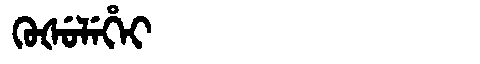
Manchu: ᡴᡠᡧᡠᠯᡝᡥᡝᡳ
Romanization: KUŠULEHEI